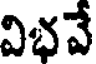
విభవే